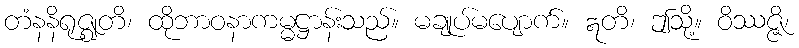
တံနနိရုဇ္ဈတိ၊ ထိုဘာဝနာကမ္မဋ္ဌာန်းသည်။ မချုပ်မပျောက်။ ဣတိ၊ ဤသို့။ ဝိဿဇ္ဇိ၊